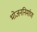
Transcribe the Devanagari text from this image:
भोजननिर्माण